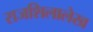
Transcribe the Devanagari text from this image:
राजशिलालेख